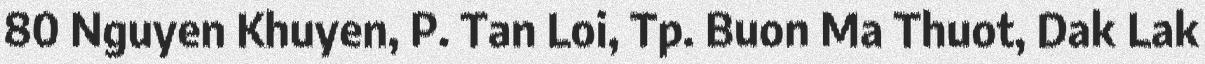
80 Nguyen Khuyen, P. Tan Loi, Tp. Buon Ma Thuot, Dak Lak